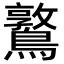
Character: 𪆃